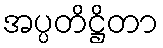
အပ္ပတိဋ္ဌိတာ